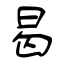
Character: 曷